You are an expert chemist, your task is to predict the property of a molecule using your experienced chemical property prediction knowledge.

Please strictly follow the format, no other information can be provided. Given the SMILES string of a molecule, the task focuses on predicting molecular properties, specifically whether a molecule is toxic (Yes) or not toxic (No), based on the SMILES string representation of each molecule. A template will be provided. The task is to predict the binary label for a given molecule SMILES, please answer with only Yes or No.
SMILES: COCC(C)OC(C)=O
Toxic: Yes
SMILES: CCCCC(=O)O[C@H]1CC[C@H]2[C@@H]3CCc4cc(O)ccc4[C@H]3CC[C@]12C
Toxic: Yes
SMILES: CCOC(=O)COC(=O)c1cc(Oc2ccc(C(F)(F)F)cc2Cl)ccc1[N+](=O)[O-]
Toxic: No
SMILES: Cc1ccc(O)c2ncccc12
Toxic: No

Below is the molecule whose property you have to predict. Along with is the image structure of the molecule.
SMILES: Nc1ccccc1C(=O)O
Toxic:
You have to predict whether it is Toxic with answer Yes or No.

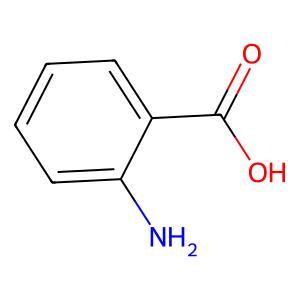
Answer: No